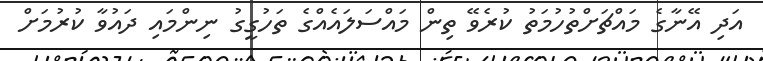
އަދި އޭނާގެ މައްޗަށްތުހުމަތު ކުރެވޭ ތިން މައްސަލައެއްގެ ތަހުގީގު ނިންމައި ދައުވާ ކުރުމަށް